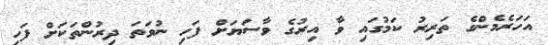
އަހަރެމެންގެ ތަރިރު ކަމުގައި ވާ އިރުގެ ވާސަޔަށް ފަހި ނުވަތަ ދިރުންތަކަށް ފަހި